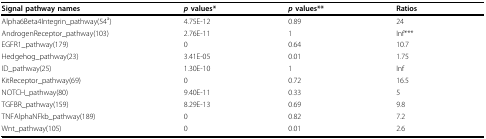
<table><thead><tr><td><b>Signal pathway names</b></td><td><b><i>p </i>values*</b></td><td><b><i>p </i>values**</b></td><td><b>Ratios</b></td></tr></thead><tbody><tr><td>Alpha6Beta4Integrin_pathway(54<sup>a</sup>)</td><td>4.75E-12</td><td>0.89</td><td>24</td></tr><tr><td>AndrogenReceptor_pathway(103)</td><td>2.76E-11</td><td>1</td><td>Inf***</td></tr><tr><td>EGFR1_pathway(179)</td><td>0</td><td>0.64</td><td>10.7</td></tr><tr><td>Hedgehog_pathway(23)</td><td>3.41E-05</td><td>0.01</td><td>1.75</td></tr><tr><td>ID_pathway(25)</td><td>1.30E-10</td><td>1</td><td>Inf</td></tr><tr><td>KitReceptor_pathway(69)</td><td>0</td><td>0.72</td><td>16.5</td></tr><tr><td>NOTCH_pathway(80)</td><td>9.40E-11</td><td>0.33</td><td>5</td></tr><tr><td>TGFBR_pathway(159)</td><td>8.29E-13</td><td>0.69</td><td>9.8</td></tr><tr><td>TNFAlphaNFkb_pathway(189)</td><td>0</td><td>0.82</td><td>7.2</td></tr><tr><td>Wnt_pathway(105)</td><td>0</td><td>0.01</td><td>2.6</td></tr></tbody></table>